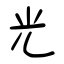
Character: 光